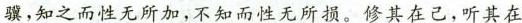
骥，知之而性无所加，不知而性无所损。修其在已，听其在